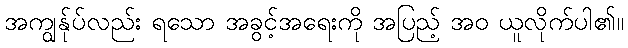
အကျွန်ုပ်လည်း ရသော အခွင့်အရေးကို အပြည့် အဝ ယူလိုက်ပါ၏။